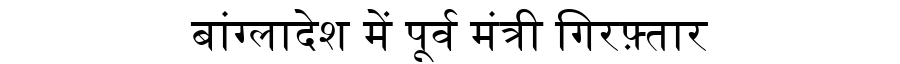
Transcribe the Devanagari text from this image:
बांग्लादेश में पूर्व मंत्री गिरफ़्तार